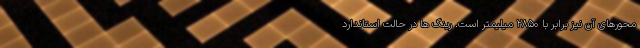
محورهای آن نیز برابر با 2850 میلیمتر است. رینگ ها در حالت استاندارد